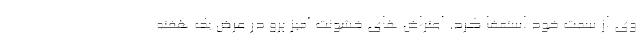
وی از سمت خود استعفا کرد. اعتراض های خشونت آمیز پرو در عرض یک هفته